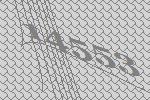
14553